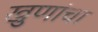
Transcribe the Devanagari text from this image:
खुणांचा